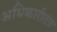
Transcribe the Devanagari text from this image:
अधिकारीतंत्रा